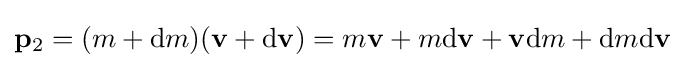
\mathbf {p} _{\mathrm {2} }=(m+\mathrm {d} m)(\mathbf {v} +\mathrm {d} \mathbf {v} )=m\mathbf {v} +m\mathrm {d} \mathbf {v} +\mathbf {v} \mathrm {d} m+\mathrm {d} m\mathrm {d} \mathbf {v}